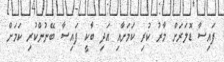
ފައިސާ ޑޮލަރަށް މާރު ކުރި ކަމަށާއި އަދި ބާކީ ފައިސާ ބޭނުންކުރި ކަމަށް